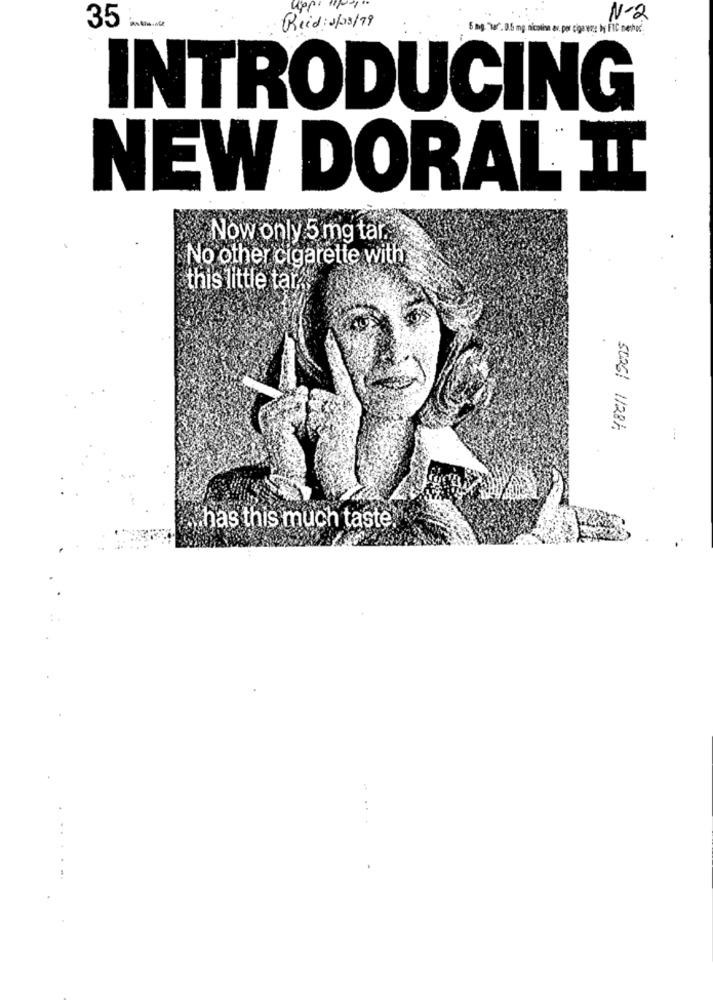
--
N-2
35
Reid: 1/03/79
6 mg. "Tar. 0.5 mg nication av, por cigarwn: by FIC method
INTRODUCING
NEW DORAL IT
Now only 5 mg tar .-
No other cigarette with
this little tar.
.
50261 1/28/
has this much taste
: